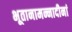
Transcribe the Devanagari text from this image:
भूतानामन्नादीनां